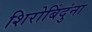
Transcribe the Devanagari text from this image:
शिरोबिंदुंना